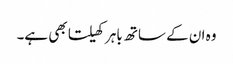
وہ ان کے ساتھ باہر کھیلتا بھی ہے۔